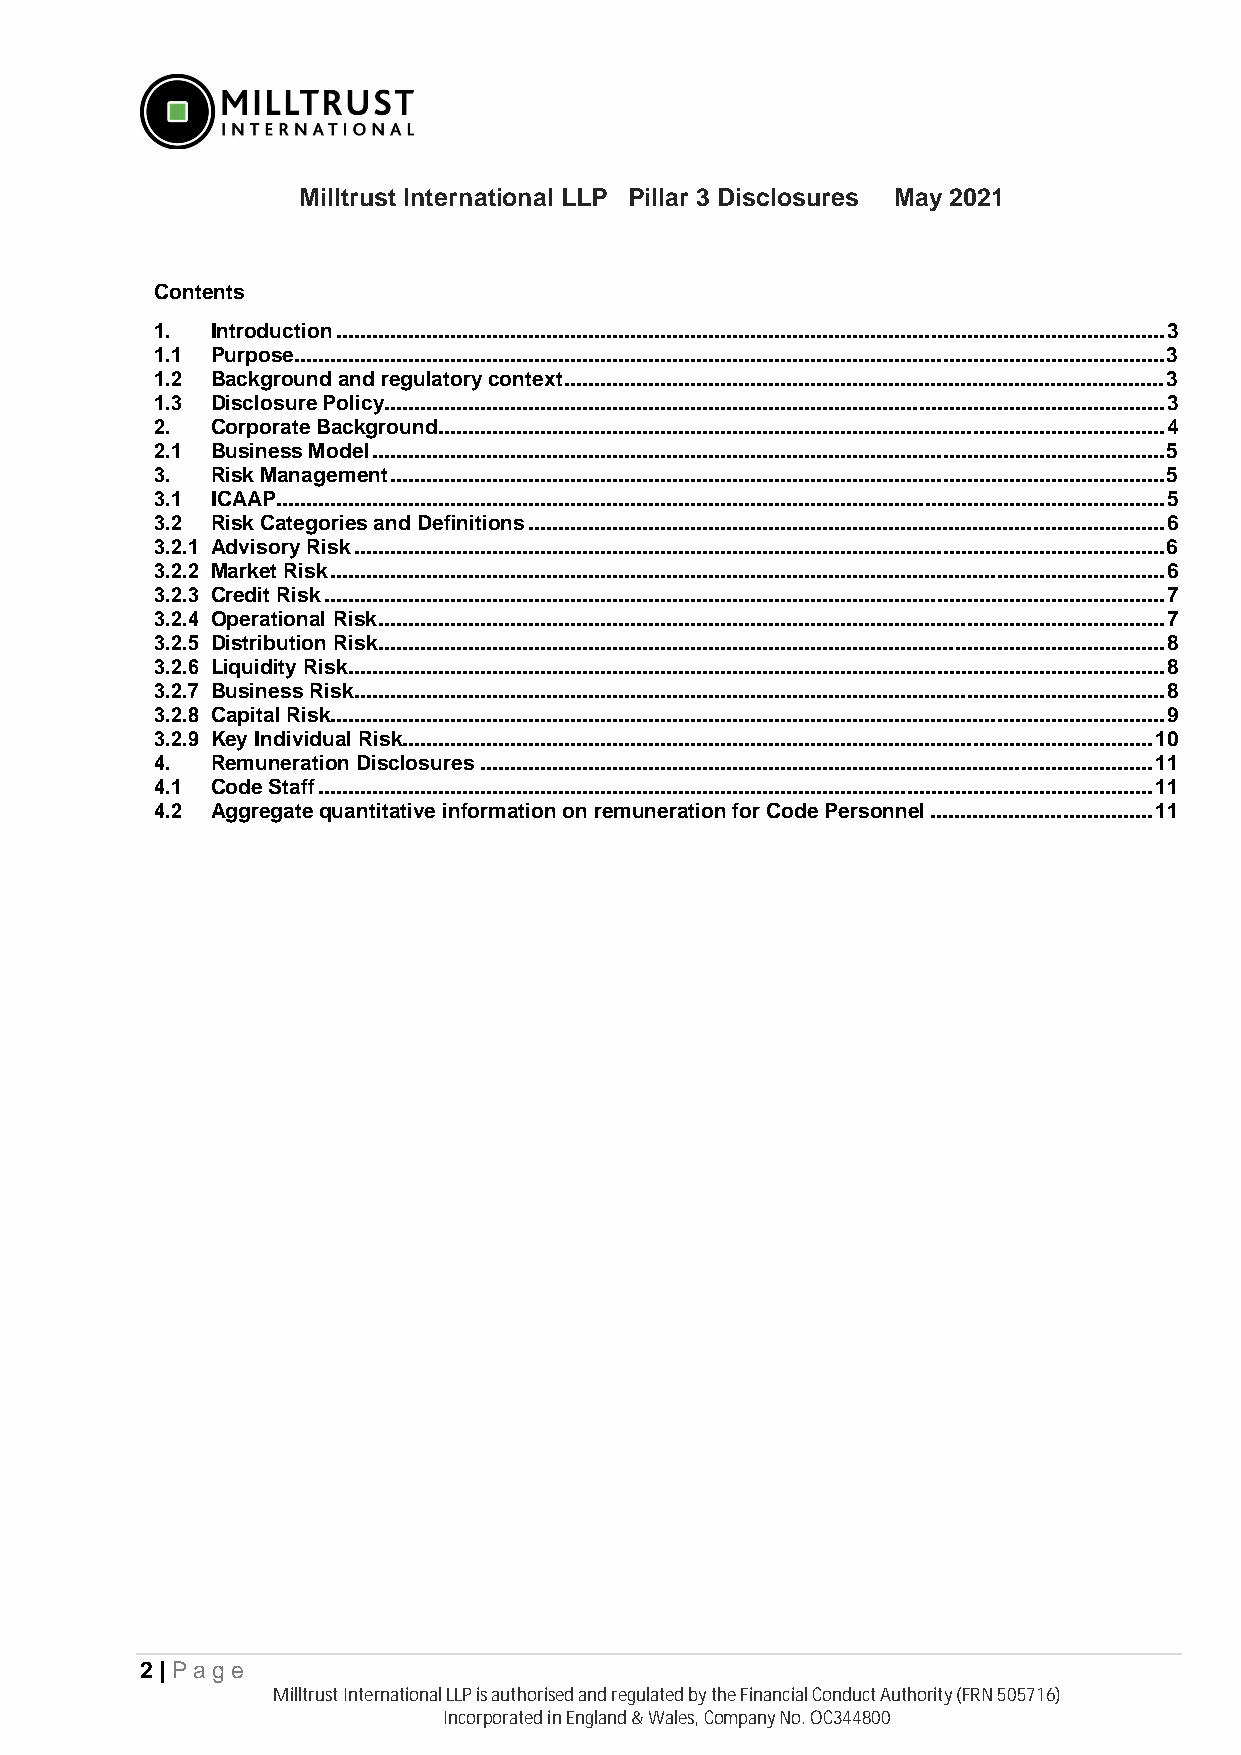
Milltrust International LLP Pillar 3 Disclosures May 2021
 Contents
 1.  Introduction .......................................................................................................................................... 3
 1.1 Purpose................................................................................................................................................. 3
 1.2 Background and regulatory context .................................................................................................... 3
 1.3 Disclosure Policy.................................................................................................................................. 3
 2.  Corporate Background ......................................................................................................................... 4
 2.1 Business Model .................................................................................................................................... 5
 3.  Risk Management ................................................................................................................................. 5
 3.1 ICAAP .................................................................................................................................................... 5
 3.2 Risk Categories and Definitions .......................................................................................................... 6
 3.2.1 Advisory Risk ....................................................................................................................................... 6
 3.2.2 Market Risk ........................................................................................................................................... 6
 3.2.3 Credit Risk ............................................................................................................................................ 7
 3.2.4 Operational Risk ................................................................................................................................... 7
 3.2.5 Distribution Risk ................................................................................................................................... 8
 3.2.6 Liquidity Risk ........................................................................................................................................ 8
 3.2.7 Business Risk ....................................................................................................................................... 8
 3.2.8 Capital Risk ........................................................................................................................................... 9
 3.2.9 Key Individual Risk ............................................................................................................................. 10
 4.  Remuneration Disclosures ................................................................................................................ 11
 4.1 Code Staff ........................................................................................................................................... 11
 4.2 Aggregate quantitative information on remuneration for Code Personnel ..................................... 11
 2 | Pa g e
 Milltrust International LLP is authorised and regulated by the Financial Conduct Authority (FRN 505716)
 Incorporated in England & Wales, Company No. OC344800